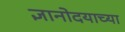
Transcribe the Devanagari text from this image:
ज्ञानोदयाच्या